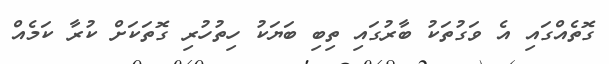
ގޮތެއްގައި އެ ވަގުތަކު ބާރުގައި ތިބި ބަޔަކު ހިތުހުރި ގޮތަކަށް ކުރާ ކަމެއް